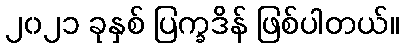
၂၀၂၁ ခုနှစ် ပြက္ခဒိန် ဖြစ်ပါတယ်။